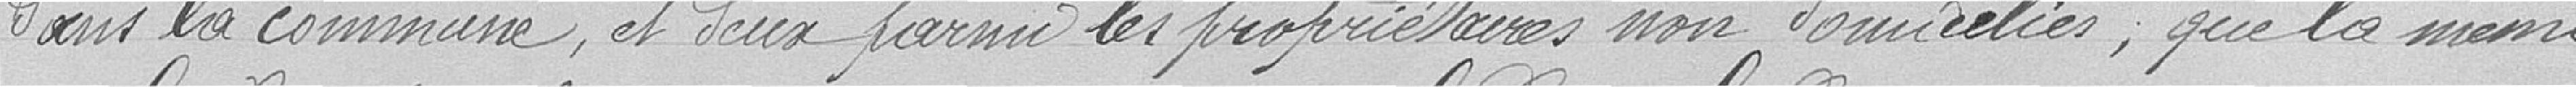
dans la commune, et deux parmi les propriétaires non domiciliés, que la même